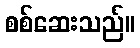
စစ်ဆေးသည်။